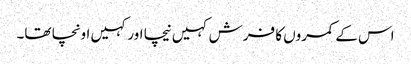
اس کے کمروں کا فرش کہیں نیچا اور کہیں اونچا تھا۔